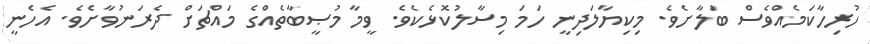
ހުރިހާކަމެއްވެސް ބަލާށެވެ. މިކިޔާލަދިނީ ހަމަ މިސާލުކޮޅެކެވެ. ވީމާ މުޞީބާތެއްގެ މައްޗަށް ދެރަނުވާށެވެ. އެހެނީ